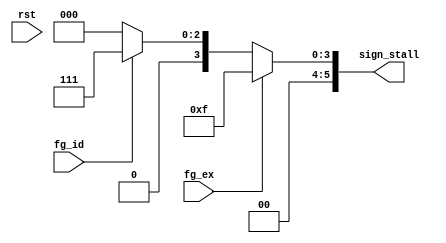
module ctrl(rst, fg_id, fg_ex, sign_stall);
input wire rst, fg_id, fg_ex;
output reg[5:0] sign_stall;

	always @(*)
	begin
		if(fg_ex == 1'b1) begin sign_stall <= 6'b001111; end
		else if(fg_id == 1'b1) begin sign_stall <= 6'b000111; end
		else begin sign_stall <= 6'b000000; end
	end
			

endmodule